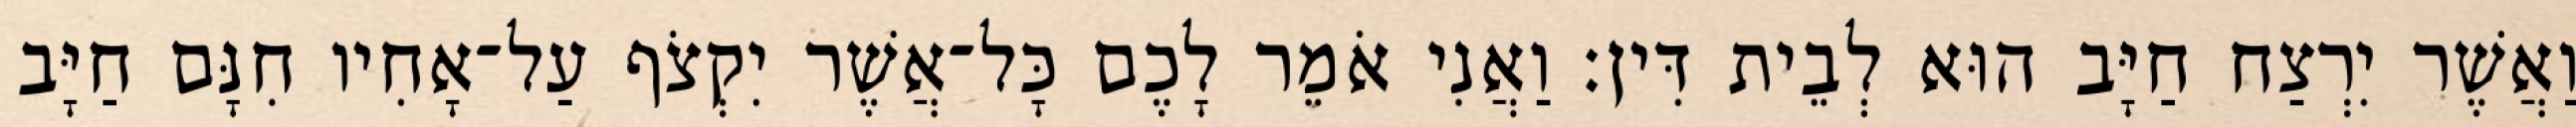
וַאֲשֶׁר יִרְצַח חַיָּב הוּא לְבֵית דִּין׃ וַאֲנִי אֹמֵר לָכֶם כָּל־אֲשֶׁר יִקְצֹף עַל־אָחִיו חִנָּם חַיָּב